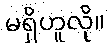
မရှိဟူလို။